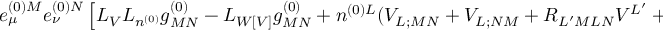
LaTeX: e _ { \mu } ^ { ( 0 ) M } e _ { \nu } ^ { ( 0 ) N } \left[ { \cal L } _ { V } { \cal L } _ { n ^ { ( 0 ) } } g _ { M N } ^ { ( 0 ) } - { \cal L } _ { W [ V ] } g _ { M N } ^ { ( 0 ) } + n ^ { ( 0 ) L } ( V _ { L ; M N } + V _ { L ; N M } + R _ { L ^ { \prime } M L N } V ^ { L ^ { \prime } } + R _ { L ^ { \prime } N L M } V ^ { L ^ { \prime } } ) \right] = 0 ,